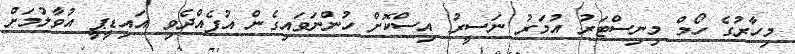
މިހާރުގެ ހޯމް މިނިސްޓަރު އުމަރު ނަސީރު އިސްކޮށް ހުންނަވައިގެން އުފެއްދެވި އައިޑީޕީ އުވާލުމަށް